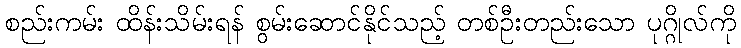
စည်းကမ်း ထိန်းသိမ်းရန် စွမ်းဆောင်နိုင်သည့် တစ်ဦးတည်းသော ပုဂ္ဂိုလ်ကို